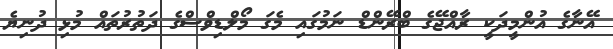
އޭނާގެ އުންމީދަކީ ރާއްޖޭގެ ބްރޭންޑް ނަމުގައި މެގަ މޯލްޑިވްސްގެ ދަތުރުތައް މުޅި ދުނިޔެ